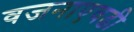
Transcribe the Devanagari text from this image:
वजनाएवढी